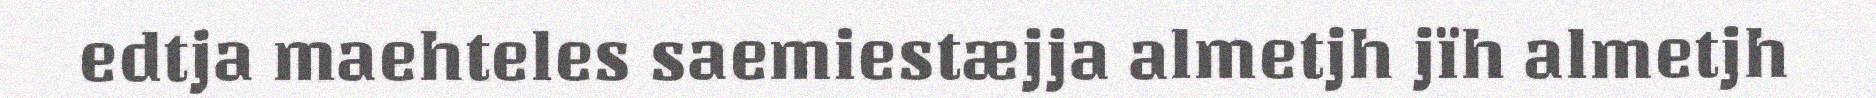
edtja maehteles saemiestæjja almetjh jïh almetjh